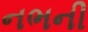
નભની